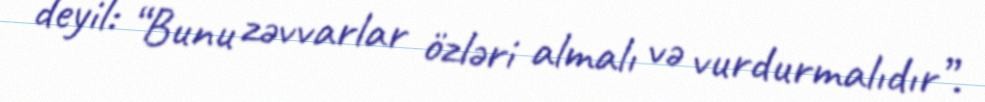
deyil: “Bunu zəvvarlar özləri almalı və vurdurmalıdır”.